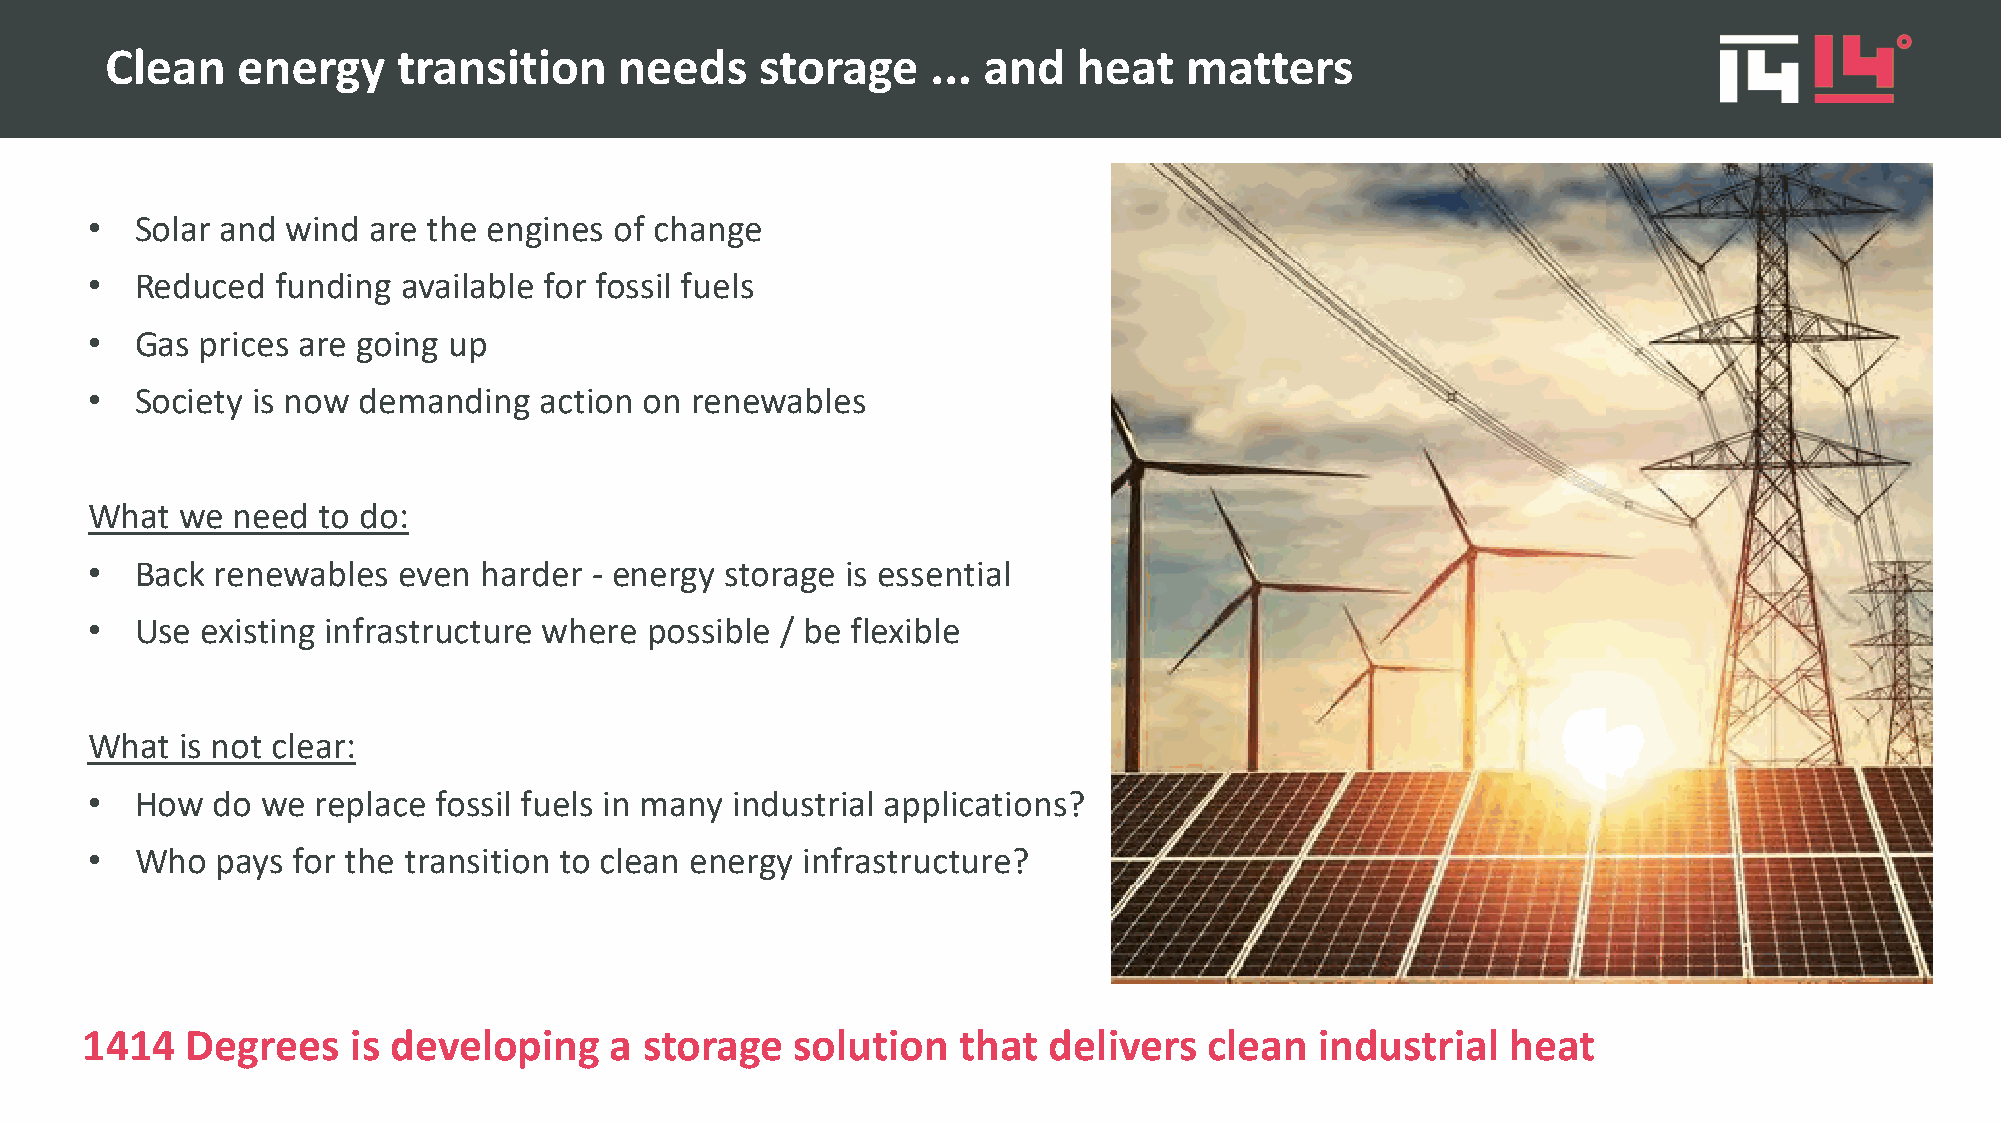
Clean    energy    transition     needs    storage     ... and  heat   matters
 •  Solar and wind are the engines  of change
 •  Reduced  funding  available for fossil fuels
 •  Gas prices are going up
 INSERT  PICTURE/S
 •  Society is now demanding   action on renewables
 •  Glasgow?  Gretta Thunberg?
 •  Mike  CB and Twiggy?
 What  we need  to do:
 •  Back renewables  even  harder - energy storage is essential
 •  Use existing infrastructure where possible / be flexible
 What  is not clear:
 •  How  do we  replace fossil fuels in many industrial applications?
 •  Who  pays for the transition to clean energy infrastructure?
 1414   Degrees    is developing    a  storage   solution   that delivers   clean  industrial   heat